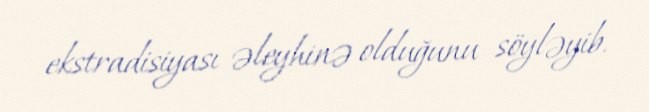
ekstradisiyası əleyhinə olduğunu söyləyib.